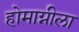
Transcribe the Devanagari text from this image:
होमाग्नीला